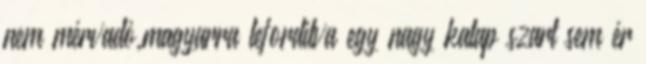
nem mérvadó,magyarra lefordítva egy nagy kalap szart sem ér